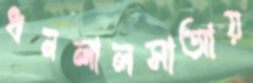
ধনলালসাআয়